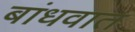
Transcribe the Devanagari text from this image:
बांधवात